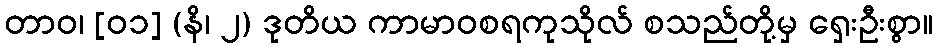
တာဝ၊ [၀၁] (နိ၊ ၂) ဒုတိယ ကာမာဝစရကုသိုလ် စသည်တို့မှ ရှေးဦးစွာ။